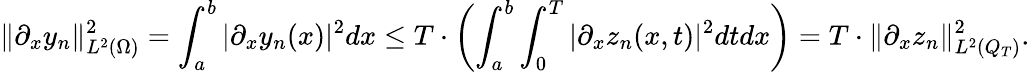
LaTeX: \lVert\partial_{x}y_{n}\rVert_{L^{2}(\Omega)}^{2}=\int_{a}^{b}|\partial_{x}y_{n}(x)|^{2}dx\leq T\cdot\left(\int_{a}^{b}\int_{0}^{T}|\partial_{x}z_{n}(x,t)|^{2}dtdx\right)=T\cdot\lVert\partial_{x}z_{n}\rVert_{L^{2}(Q_{T})}^{2}.